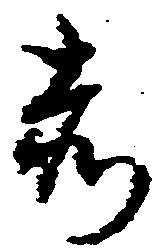
赤